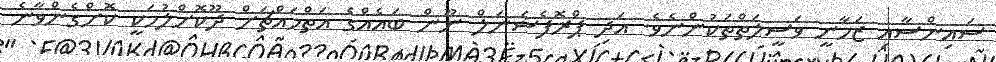
ސައިންސާއި ޒަމާނީ ވަސީލަތްތަކުންނެވެ. އަދި ޕްރޮފެޝަނަލް ނޫން ބައެއްގެ އަތްމައްޗަށް ދޫކޮށްލުމަކީ ކޮށްގެންވާނެ